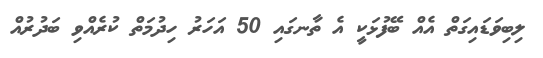
ލިބިވަޑައިގަތް އެއް ބޭފުޅަކީ އެ ތާނގައި 50 އަހަރު ހިދުމަތް ކުރެއްވި ބަދުރުއް